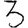
Digit: 3